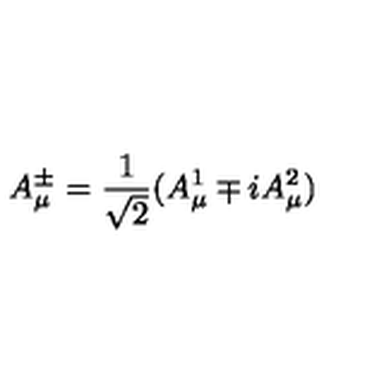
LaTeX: A _ { \mu } ^ { \pm } = \frac { 1 } { \sqrt { 2 } } ( A _ { \mu } ^ { 1 } \mp i A _ { \mu } ^ { 2 } )